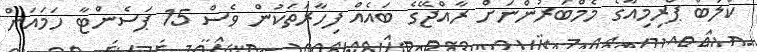
ކްލަބް ޕްރިމިއާގެ މެމްބަރުންނަށް ރާއްޖޭގެ ބައެއް ފިހާރަތަކުން ވެސް 15 ޕަސެންޓާ ހަމައަށް